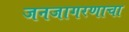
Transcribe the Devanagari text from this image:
जनजागरणाचा